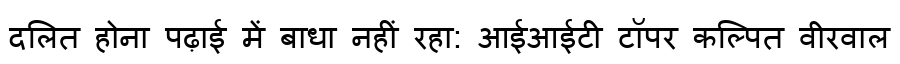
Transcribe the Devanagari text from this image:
दलित होना पढ़ाई में बाधा नहीं रहा: आईआईटी टॉपर कल्पित वीरवाल